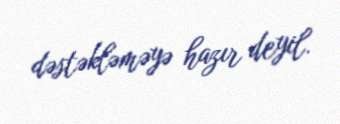
dəstəkləməyə hazır deyil.